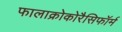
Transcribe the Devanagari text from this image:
फालाक्रोकोरैसिफॉर्म